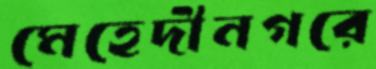
মেহেদীনগরে